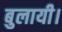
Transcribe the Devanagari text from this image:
बुलायी।